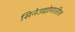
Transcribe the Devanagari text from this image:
सिनेउद्योगातील